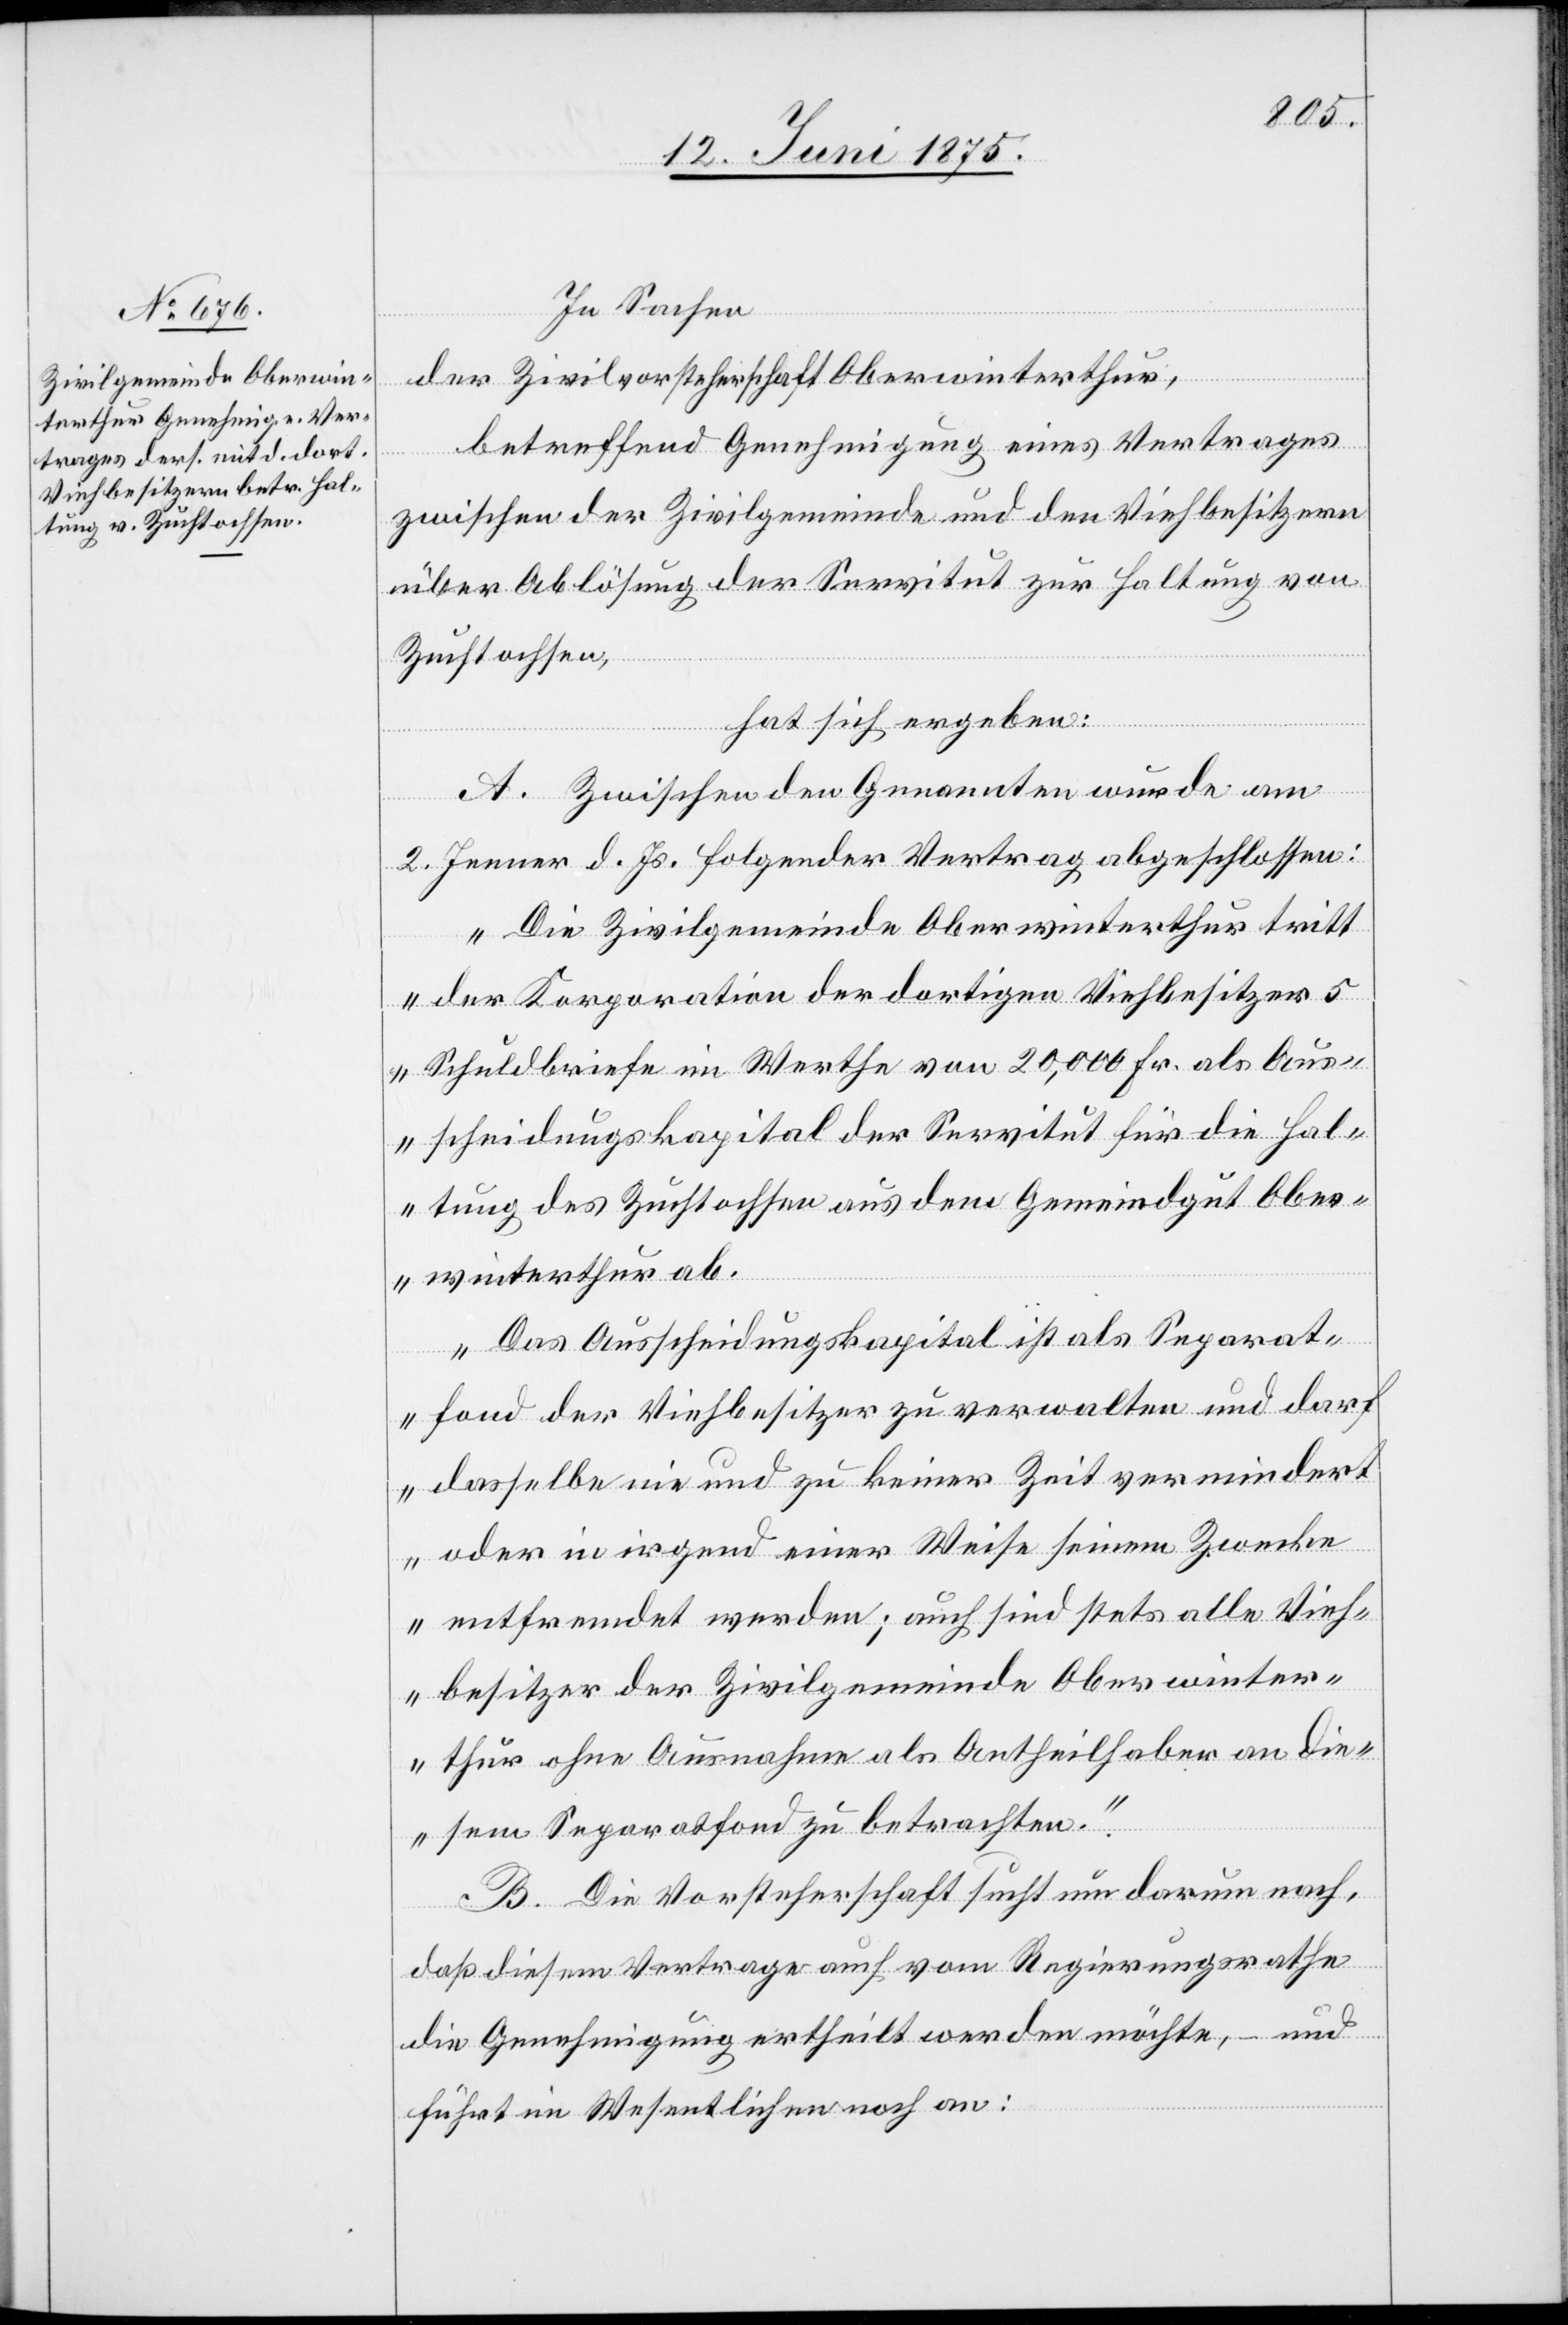
In Sachen
der Zivilvorsteherschaft Oberwinterthur,
betreffend Genehmigung eines Vertrages
zwischen der Zivilgemeinde und den Viehbesitzern
über Ablösung der Servitut zur Haltung von
Zuchtochsen,
hat sich ergeben:
A. Zwischen den Genannten wurde am
2. Jenner d. Js. folgender Vertrag abgeschlossen:
„Die Zivilgemeinde Oberwinterthur tritt
der Korporation der dortigen Viehbesitzer 5
Schuldbriefe im Werthe von 20,000 Fr. als Aus¬
scheidungskapital der Servitut für die Hal¬
tung des Zuchtochsen aus dem Gemeindgut Ober¬
ichen an:
winterthur ab.
Das Ausscheidungskapital ist als Separat¬
fond der Viehbesitzer zu verwalten und darf
dasselbe nie und zu keiner Zeit verminder¬
t oder in irgend einer Weise seinem Zwecke
entfremdet werden; auch sind stets alle Vieh¬
besitzer der Zivilgemeinde Oberwinter¬
thur ohne Ausnahme als Antheilhaber an die¬
sem Separatfond zu betrachten.“
B. Die Vorsteherschaft sucht nun darum nach,
daß diesem Vertrage auch vom Regierungsrathe
die Genehmigung ertheilt werden möchte, – und